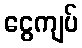
ငွေကျပ်